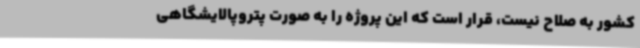
کشور به صلاح نیست، قرار است که این پروژه را به صورت پتروپالایشگاهی